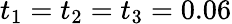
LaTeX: t_{1}=t_{2}=t_{3}=0.06